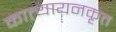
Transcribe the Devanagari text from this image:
कात्यायनकृत